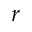
r